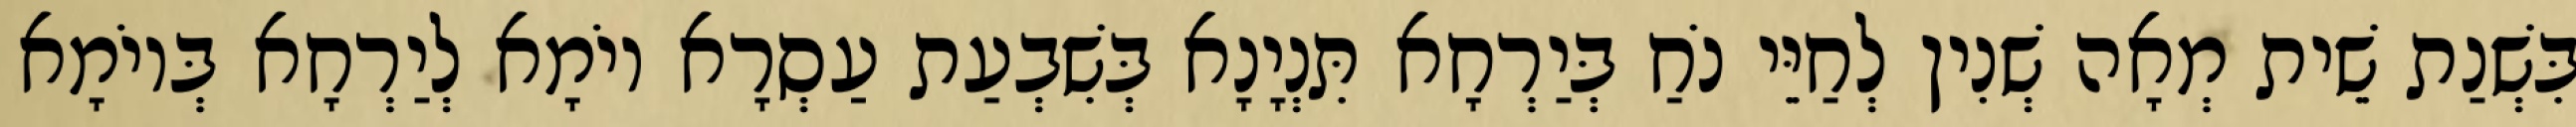
בִּשְׁנַת שֵׁית מְאָה שְׁנִין לְחַיֵּי נֹחַ בְּיַרְחָא תִּנְיָנָא בְּשִׁבְעַת עַסְרָא יוֹמָא לְיַרְחָא בְּיוֹמָא